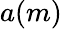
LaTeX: a(m)